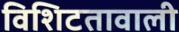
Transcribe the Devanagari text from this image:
विशिटतावाली